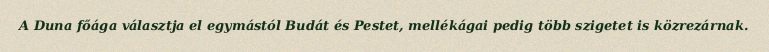
A Duna főága választja el egymástól Budát és Pestet, mellékágai pedig több szigetet is közrezárnak.